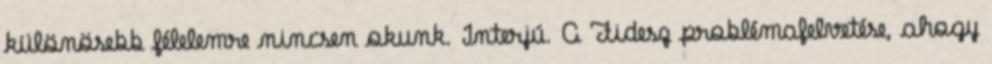
különösebb félelemre nincsen okunk. Interjú. A Fidesz problémafelvetése, ahogy